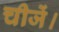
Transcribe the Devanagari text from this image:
चीजें।